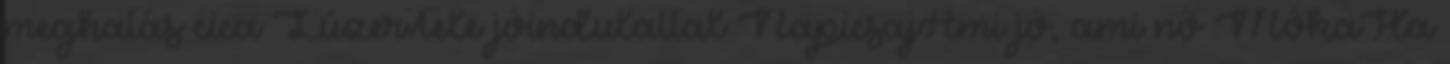
meghatás cica LúzerTele jóindulattal NapicsajAmi jó, ami nő MókaHa